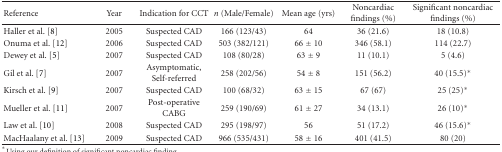
| Reference | Year | Indication for CCT | n (Male/Female) | Mean age (yrs) | Noncardiac findings (%) | Significant noncardiac findings (%) |
 | --- | --- | --- | --- | --- | --- | --- |
 | Haller et al. [8] | 2005 | Suspected CAD | 166 (123/43) | 64 | 36 (21.6) | 18 (10.8) |
 | Onuma et al. [12] | 2006 | Suspected CAD | 503 (382/121) | 66 ± 10 | 346 (58.1) | 114 (22.7) |
 | Dewey et al. [5] | 2007 | Suspected CAD | 108 (80/28) | 63 ± 9 | 11 (10.1) | 5 (4.6) |
 | Gil et al. [7] | 2007 | Asymptomatic, Self-referred | 258 (202/56) | 54 ± 8 | 151 (56.2) | 40 (15.5)* |
 | Kirsch et al. [9] | 2007 | Suspected CAD | 100 (68/32) | 63 ± 15 | 67 (67) | 25 (25)* |
 | Mueller et al. [11] | 2007 | Post-operative CABG | 259 (190/69) | 61 ± 27 | 34 (13.1) | 26 (10)* |
 | Law et al. [10] | 2008 | Suspected CAD | 295 (198/97) | 56 | 51 (17.2) | 46 (15.6)* |
 | MacHaalany et al. [13] | 2009 | Suspected CAD | 966 (535/431) | 58 ± 16 | 401 (41.5) | 80 (20) |